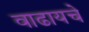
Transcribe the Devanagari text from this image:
वाढायचे